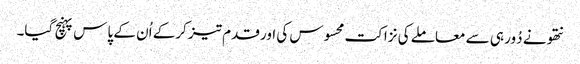
نتھو نے دُور ہی سے معاملے کی نزاکت محسوس کی اور قدم تیز کرکے اُن کے پاس پہنچ گیا۔